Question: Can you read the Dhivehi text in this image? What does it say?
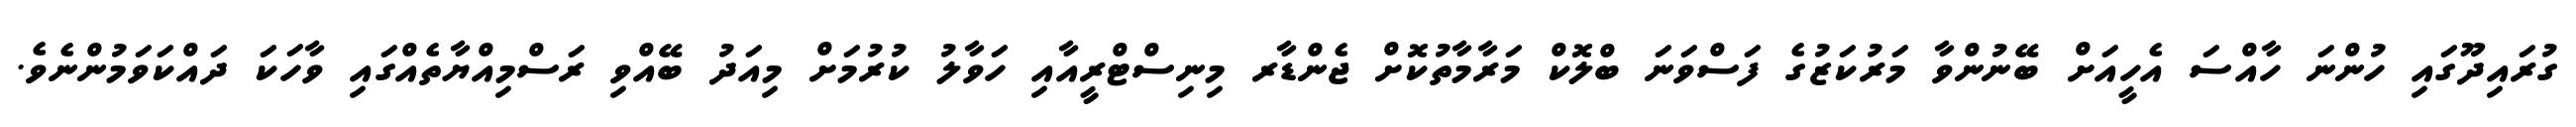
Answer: ގުރައިދޫގައި ހުންނަ ހާއްސަ އެހީއަށް ބޭނުންވާ މަރުކަޒުގެ ފަސްވަނަ ބްލޮކް މަރާމާތުކޮށް ޖެންޑާރ މިނިސްޓްރީއާއި ހަވާލު ކުރުމަށް މިއަދު ބޭއްވި ރަސްމިއްޔާތެއްގައި ވާހަކަ ދައްކަވަމުންނެވެ.